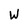
Character: W